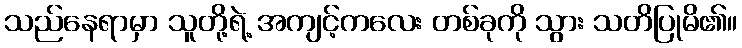
သည်နေရာမှာ သူတို့ရဲ့ အကျင့်ကလေး တစ်ခုကို သွား သတိပြုမိ၏။